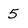
Character: 5